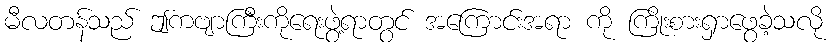
မီလတန်သည် ဤကဗျာကြီးကိုရေးဖွဲ့ရာတွင် အကြောင်းအရာ ကို ကြိုးစားရှာဖွေခဲ့သလို